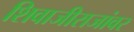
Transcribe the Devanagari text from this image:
शिवाजीराजांवर